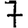
Digit: 7